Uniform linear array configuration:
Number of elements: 12
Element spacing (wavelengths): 1
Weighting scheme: exponential
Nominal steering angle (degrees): -30
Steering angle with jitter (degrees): -31.503
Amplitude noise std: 0.05
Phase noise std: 0.05

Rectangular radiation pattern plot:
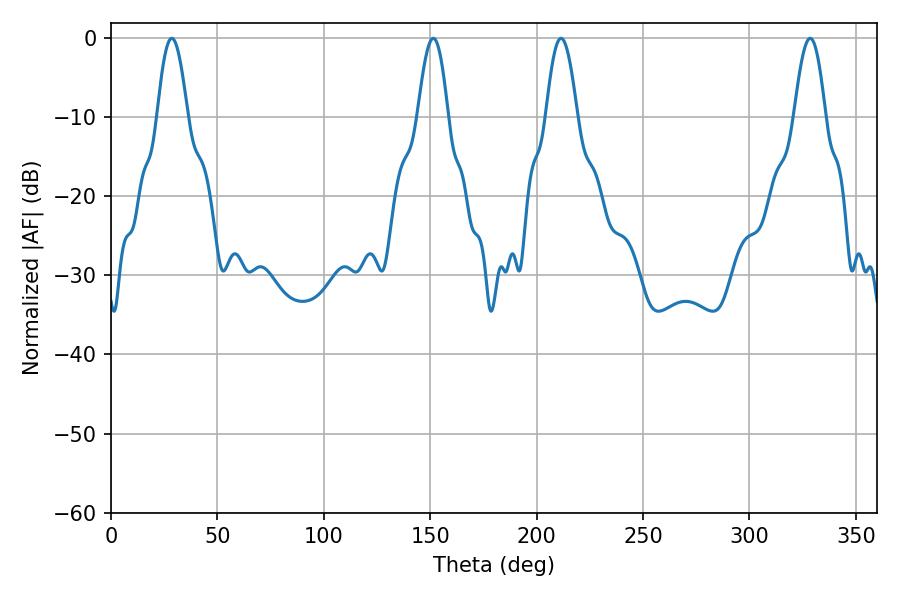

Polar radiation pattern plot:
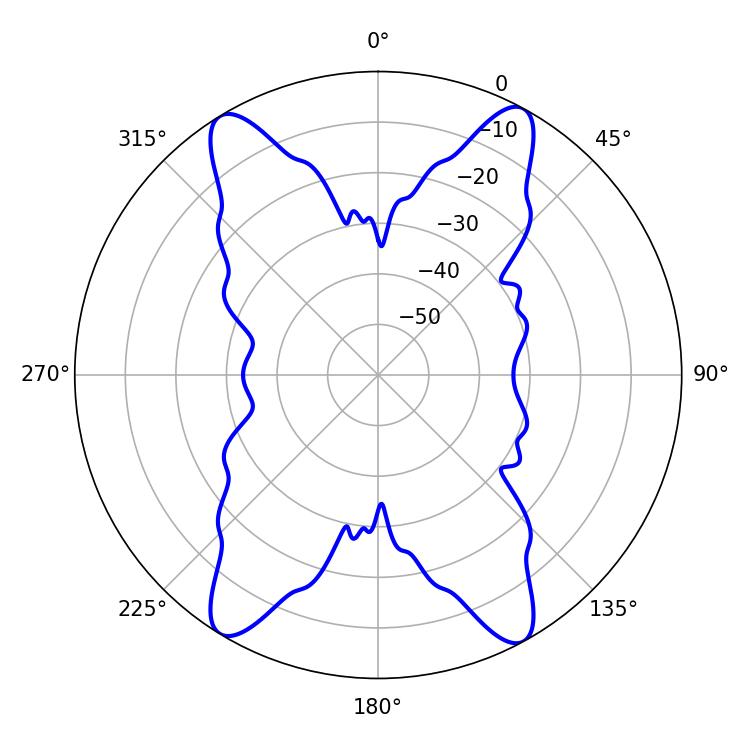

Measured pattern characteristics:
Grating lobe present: TRUE
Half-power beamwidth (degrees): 7.92
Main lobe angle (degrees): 211.5